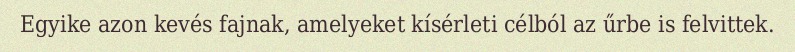
Egyike azon kevés fajnak, amelyeket kísérleti célból az űrbe is felvittek.